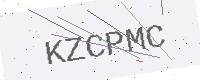
Text: KZCPMC